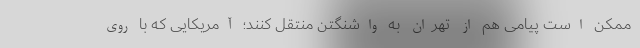
ممکن است پیامی هم از تهران به واشنگتن منتقل کنند؛ آمریکایی که با روی